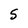
Character: 5